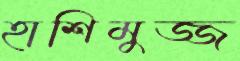
হাশিমুজ্জ